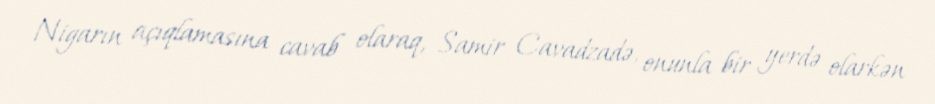
Nigarın açıqlamasına cavab olaraq, Samir Cavadzadə, onunla bir yerdə olarkən